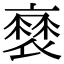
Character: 𧜸